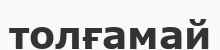
толғамай